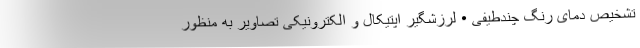
تشخیص دمای رنگ چندطیفی • لرزشگیر اپتیکال و الکترونیکی تصاویر به منظور